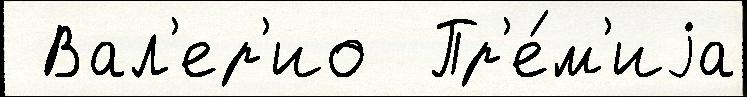
 Вал'ер'ио  Пр'е́м'иjа